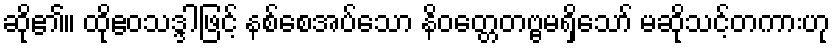
ဆို၏။ ထိုဧဝသဒ္ဒါဖြင့် နစ်စေအပ်သော နိဝတ္တေတဗ္ဗမရှိသော် မဆိုသင့်တကားဟု